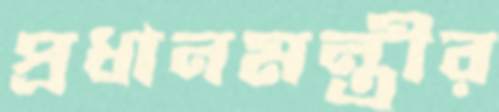
প্রধানমন্ত্র্রীর